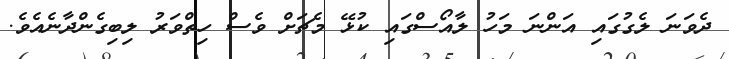
ދެވަނަ ލެގުގައި އަންނަ މަހު ލާއޯސްގައި ކުޅޭ މެޗަށް ވެސް ހިތްވަރު ލިބިގެންދާނެއެވެ.